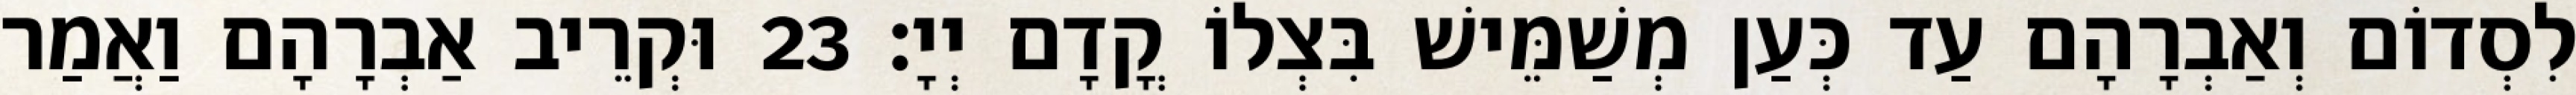
לִסְדוֹם וְאַבְרָהָם עַד כְּעַן מְשַׁמֵּישׁ בִּצְלוֹ קֳדָם יְיָ׃ 23 וּקְרֵיב אַבְרָהָם וַאֲמַר